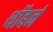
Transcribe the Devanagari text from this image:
थॉबर्न